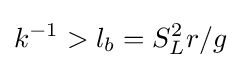
k^{-1}>l_{b}=S_{L}^{2}r/g